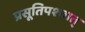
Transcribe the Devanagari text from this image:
प्रसूतिपश्चात्